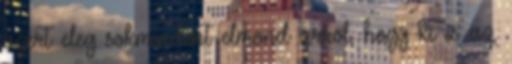
azert eleg sokmindent elmond arrol, hogy ki is az,